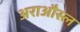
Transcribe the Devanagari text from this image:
अराऔस्ल